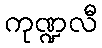
ကုဏ္ဍလီ